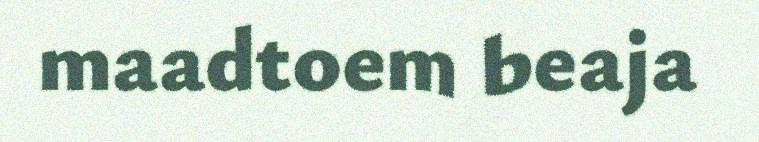
maadtoem beaja